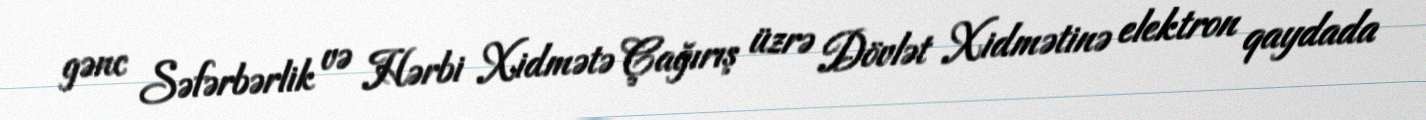
gənc Səfərbərlik və Hərbi Xidmətə Çağırış üzrə Dövlət Xidmətinə elektron qaydada